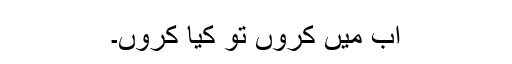
اب میں کروں تو کیا کروں۔